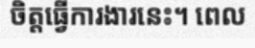
ចិត្តធ្វើការងារនេះ។ ពេល